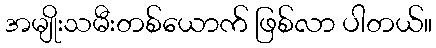
အမျိုးသမီးတစ်ယောက် ဖြစ်လာ ပါတယ်။